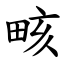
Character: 畡